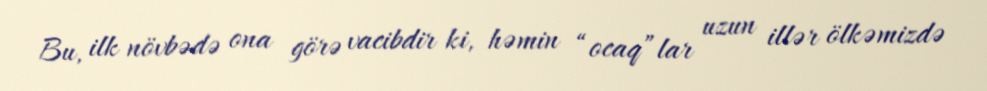
Bu, ilk növbədə ona görə vacibdir ki, həmin “ocaq”lar uzun illər ölkəmizdə